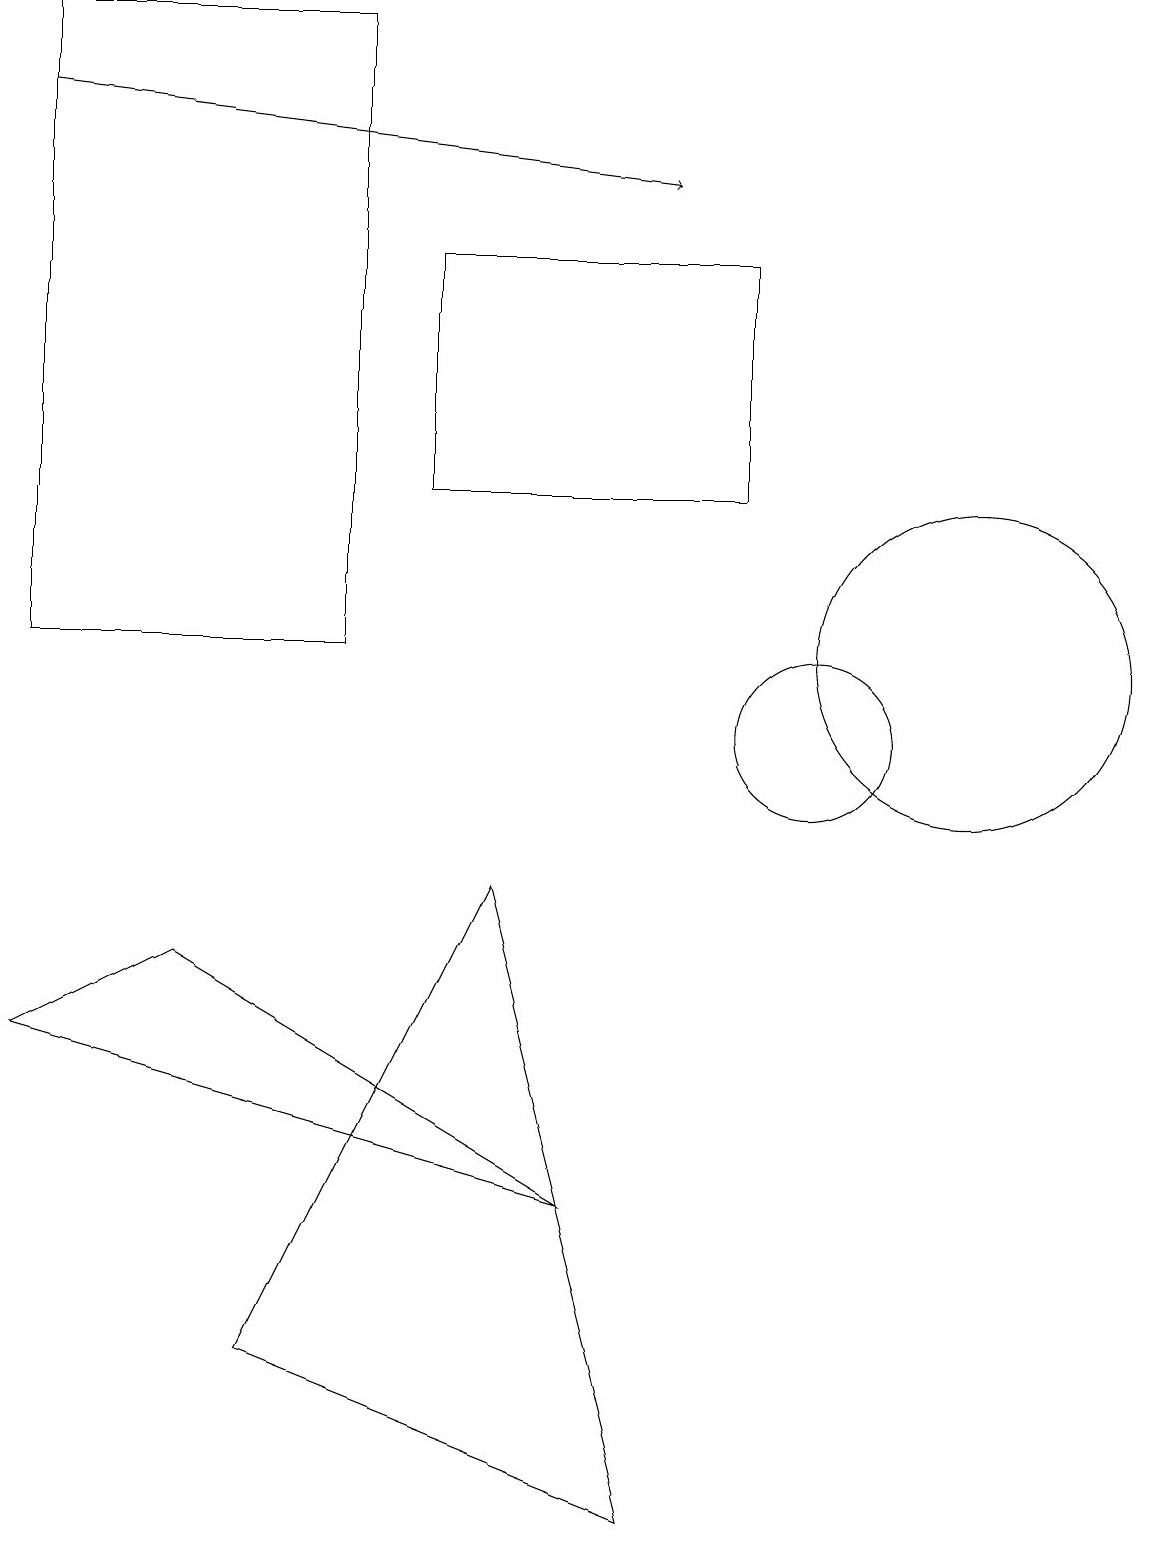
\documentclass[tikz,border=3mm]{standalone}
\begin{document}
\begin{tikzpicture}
\draw[->] (0,18) -- (8,17);
\draw (2,7) -- (7,4) -- (0,6) -- cycle;
\draw (10,10) circle (1);
\draw (9,16) rectangle (5,13);
\draw (12,11) circle (2);
\draw (0,19) rectangle (4,11);
\draw (6,8) -- (3,2) -- (8,0) -- cycle;
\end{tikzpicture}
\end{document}